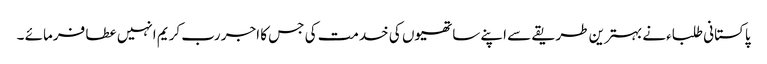
پاکستانی طلباءنے بہترین طریقے سے اپنے ساتھیوں کی خدمت کی جس کا اجر رب کریم انہیں عطا فرمائے ۔